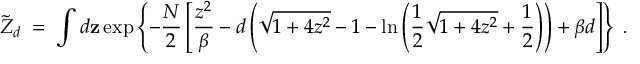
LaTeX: \widetilde { Z } _ { d } \; = \; \int d { \bf z } \exp \left\{ - { \frac { N } { 2 } } \left[ { \frac { z ^ { 2 } } { \beta } } - d \left( \sqrt { 1 + 4 z ^ { 2 } } - 1 - \ln \left( { \frac { 1 } { 2 } } \sqrt { 1 + 4 z ^ { 2 } } + { \frac { 1 } { 2 } } \right) \right) + \beta d \right] \right\} \; .